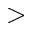
>